Lunatic asylums in Bengal annual reports 1899-1911 - 1899-1911
Year: 1899
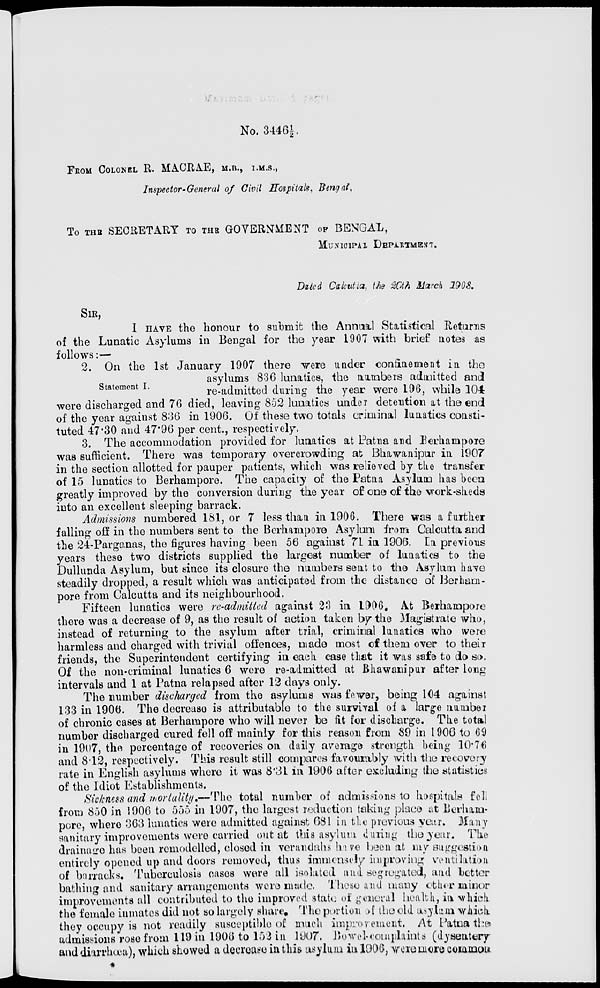
No. 3446½.
FROM COLONEL R. MACRAE, M.B., I.M.S.,
Inspector-General of Civil Hospitals, Bengal.
To THE SECRETARY TO THE GOVERNMENT OF BENGAL,
MUNICIPAL DEPARTMENT.
Dated Calcutta, the 20th March 1908.
SIR,
I HAVE the honour to submit the Annual Statistical Returns
of the Lunatic Asylums in Bengal for the year 1907 with brief notes as
follows:—
Statement I.
2. On the 1st January 1907 there were under confinement in the
asylums 836 lunatics, the numbers admitted and
re-admitted during the year were 196, while 104
were discharged and 76 died, leaving 852 lunatics under detention at the end
of the year against 836 in 1906. Of these two totals criminal lunatics consti-
tuted 47.30 and 47.96 per cent., respectively.
3. The accommodation provided for lunatics at Patna and Berhampore
was sufficient. There was temporary overcrowding at Bhawanipur in 1907
in the section allotted for pauper patients, which was relieved by the transfer
of 15 lunatics to Berhampore. The capacity of the Patna Asylum has been
greatly improved by the conversion during the year of one of the work-sheds
into an excellent sleeping barrack.
Admissions numbered 181, or 7 less than in 1906. There was a further
falling off in the numbers sent to the Berhampore Asylum from Calcutta and
the 24-Parganas, the figures having been 56 against 71 in 1906. In previous
years these two districts supplied the largest number of lunatics to the
Dullunda Asylum, but since its closure the numbers sent to the Asylum have
steadily dropped, a result which was anticipated from the distance of Berham-
pore from Calcutta and its neighbourhood.
Fifteen lunatics were re-admitted against 23 in 1906. At Berhampore
there was a decrease of 9, as the result of action taken by the Magistrate who,
instead of returning to the asylum after trial, criminal lunatics who were
harmless and charged with trivial offences, made most of them over to their
friends, the Superintendent certifying in each case that it was safe to do so.
Of the non-criminal lunatics 6 were re-admitted at Bhawanipur after long
intervals and 1 at Patna relapsed after 12 days only.
The number discharged from the asylums was fewer, being 104 against
133 in 1906. The decrease is attributable to the survival of a large number
of chronic cases at Berhampore who will never be fit for discharge. The total
number discharged cured fell off mainly for this reason from 89 in 1906 to 69
in 1907, the percentage of recoveries on daily average strength being 10.76
and 8.12, respectively. This result still compares favourably with the recovery
rate in English asylums where it was 8.31 in 1906 after excluding the statistics
of the Idiot Establishments.
Sickness and mortality.—The total number of admissions to hospitals fell
from 850 in 1906 to 555 in 1907, the largest reduction taking place at Berham-
pore, where 363 lunatics were admitted against 681 in the previous year. Many
sanitary improvements were carried out at this asylum during the year. The
drainage has been remodelled, closed in verandahs have been at my suggestion
entirely opened up and doors removed, thus immensely improving ventilation
of barracks. Tuberculosis cases were all isolated and segregated, and better
bathing and sanitary arrangements were made. These and many other minor
improvements all contributed to the improved state of general health, in which
the female inmates did not so largely share. The portion of the old asylum which
they occupy is not readily susceptible of much improvement. At Patna the
admissions rose from 119 in 1906 to 152 in 1907. Bowel-complaints (dysentery
and diarrhœa), which showed a decrease in this asylum in 1906, were more common
*